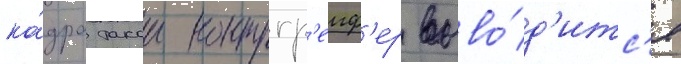
ка́дра такои контргр'еиф'ер выво́д'итс'я